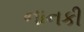
નાનકી